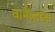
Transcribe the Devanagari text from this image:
वार्मब्लडस